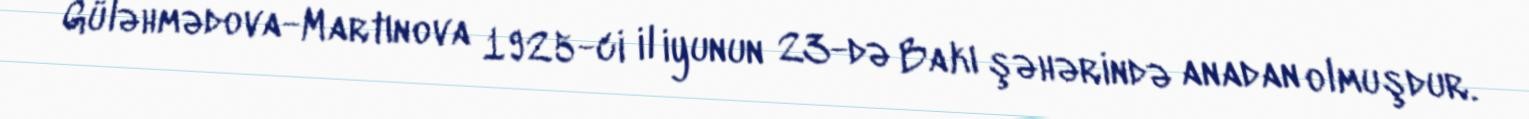
Güləhmədova-Martınova 1925-ci il iyunun 23-də Bakı şəhərində anadan olmuşdur.